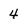
Character: 4